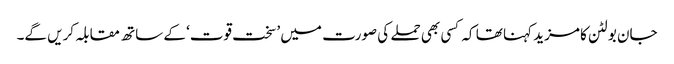
جان بولٹن کا مزید کہنا تھا کہ کسی بھی حملے کی صورت میں ’سخت قوت‘ کے ساتھ مقابلہ کریں گے۔